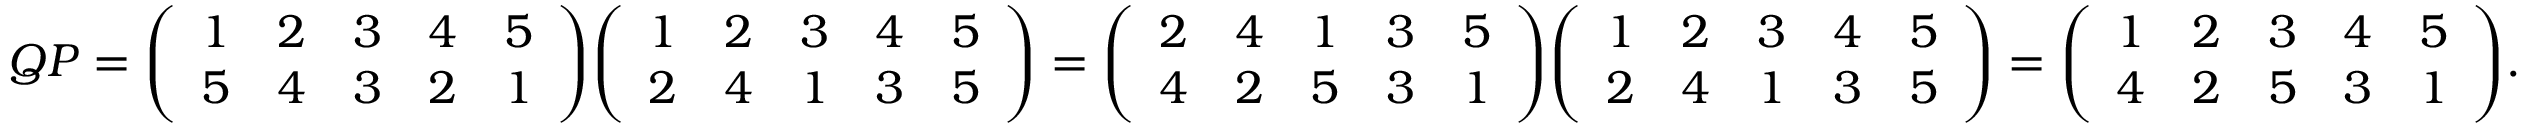
Q P = { \left( \begin{array} { l l l l l } { 1 } & { 2 } & { 3 } & { 4 } & { 5 } \\ { 5 } & { 4 } & { 3 } & { 2 } & { 1 } \end{array} \right) } { \left( \begin{array} { l l l l l } { 1 } & { 2 } & { 3 } & { 4 } & { 5 } \\ { 2 } & { 4 } & { 1 } & { 3 } & { 5 } \end{array} \right) } = { \left( \begin{array} { l l l l l } { 2 } & { 4 } & { 1 } & { 3 } & { 5 } \\ { 4 } & { 2 } & { 5 } & { 3 } & { 1 } \end{array} \right) } { \left( \begin{array} { l l l l l } { 1 } & { 2 } & { 3 } & { 4 } & { 5 } \\ { 2 } & { 4 } & { 1 } & { 3 } & { 5 } \end{array} \right) } = { \left( \begin{array} { l l l l l } { 1 } & { 2 } & { 3 } & { 4 } & { 5 } \\ { 4 } & { 2 } & { 5 } & { 3 } & { 1 } \end{array} \right) } .